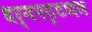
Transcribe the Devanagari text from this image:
धर्मपट्टणम